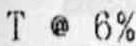
T @ 6%